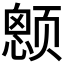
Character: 𱂶